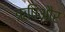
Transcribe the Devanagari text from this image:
ऋषिऔर